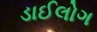
ડાઈલોગ